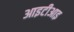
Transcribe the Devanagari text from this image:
आइटीआइ